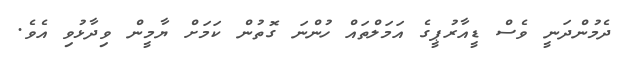
ދެމުންދަނީ ވެސް ޑީއާރުޕީގެ އަމަލްތައް ހުންނަ ގޮތުން ކަމަށް ޔާމީން ވިދާޅުވި އެވެ.